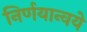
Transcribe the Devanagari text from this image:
निर्णयान्वये